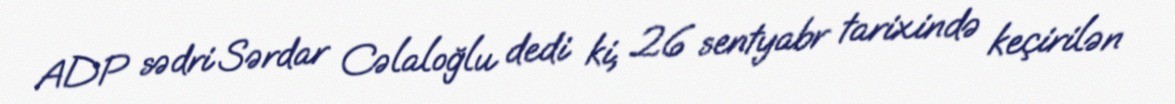
ADP sədri Sərdar Cəlaloğlu dedi ki, 26 sentyabr tarixində keçirilən